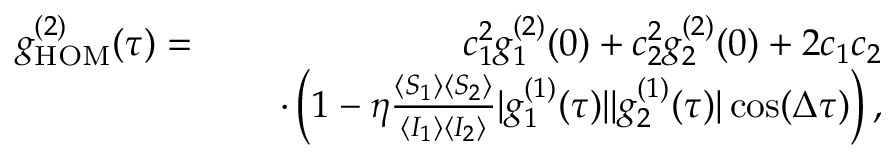
\begin{array} { r l r } { g _ { \mathrm { H O M } } ^ { ( 2 ) } ( \tau ) = } & { } & { \ c _ { 1 } ^ { 2 } g _ { 1 } ^ { ( 2 ) } ( 0 ) + c _ { 2 } ^ { 2 } g _ { 2 } ^ { ( 2 ) } ( 0 ) + 2 c _ { 1 } c _ { 2 } } \\ & { } & { \ \cdot \left( 1 - \eta \frac { \langle S _ { 1 } \rangle \langle S _ { 2 } \rangle } { \langle I _ { 1 } \rangle \langle I _ { 2 } \rangle } | g _ { 1 } ^ { ( 1 ) } ( \tau ) | | g _ { 2 } ^ { ( 1 ) } ( \tau ) | \cos ( \Delta \tau ) \right) , } \end{array}